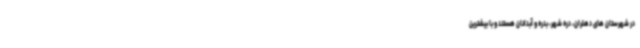
در شهرستان های دهلران، دره شهر، بدره و آبدانان هستند و با بیشترین